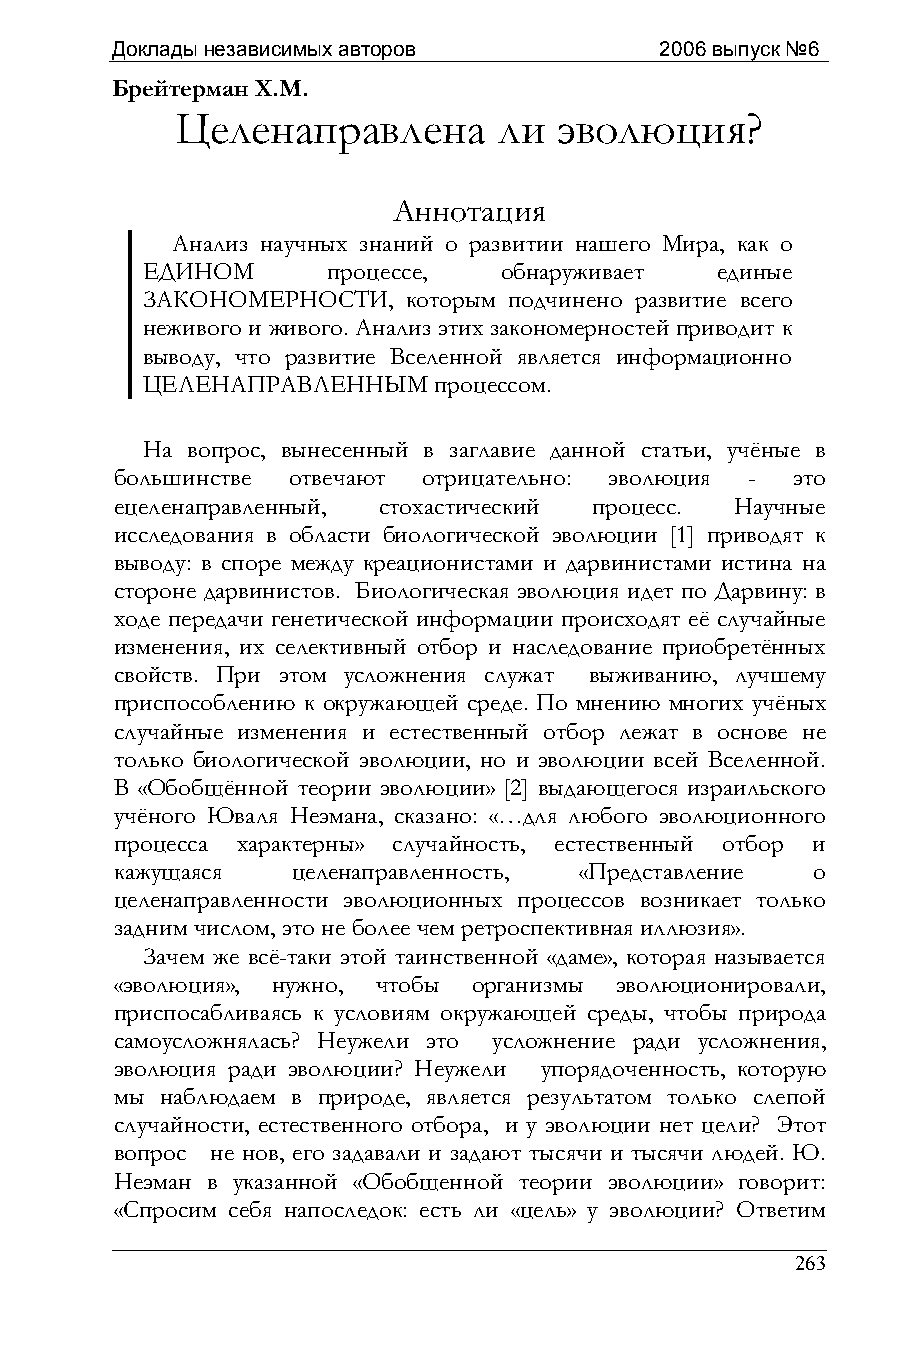
Доклады независимых авторов          2006 выпуск №6
 Брейтерман Х.М.
 Целенаправлена       ли  эволюция?
 Аннотация
 Анализ научных знаний о развитии нашего Мира, как о
 ЕДИНОМ       процессе,  обнаруживает  единые
 ЗАКОНОМЕРНОСТИ,   которым подчинено развитие всего
 неживого и живого. Анализ этих закономерностей приводит к
 выводу, что развитие Вселенной является информационно
 ЦЕЛЕНАПРАВЛЕННЫМ    процессом.
 На вопрос, вынесенный в заглавие данной статьи, учёные в
 большинстве отвечают отрицательно: эволюция - это
 ецеленаправленный, стохастический процесс. Научные
 исследования в области биологической эволюции [1] приводят к
 выводу: в споре между креационистами и дарвинистами истина на
 стороне дарвинистов. Биологическая эволюция идет по Дарвину: в
 ходе передачи генетической информации происходят её случайные
 изменения, их селективный отбор и наследование приобретённых
 свойств. При этом усложнения служат выживанию, лучшему
 приспособлению к окружающей среде. По мнению многих учёных
 случайные изменения и естественный отбор лежат в основе не
 только биологической эволюции, но и эволюции всей Вселенной.
 В «Обобщённой теории эволюции» [2] выдающегося израильского
 учёного Юваля Неэмана, сказано: «…для любого эволюционного
 процесса характерны» случайность, естественный отбор и
 кажущаяся  целенаправленность, «Представление о
 целенаправленности эволюционных процессов возникает только
 задним числом, это не более чем ретроспективная иллюзия».
 Зачем же всё-таки этой таинственной «даме», которая называется
 «эволюция», нужно, чтобы организмы эволюционировали,
 приспосабливаясь к условиям окружающей среды, чтобы природа
 самоусложнялась? Неужели это усложнение ради усложнения,
 эволюция ради эволюции? Неужели упорядоченность, которую
 мы наблюдаем в природе, является результатом только слепой
 случайности, естественного отбора, и у эволюции нет цели? Этот
 вопрос не нов, его задавали и задают тысячи и тысячи людей. Ю.
 Неэман в указанной «Обобщенной теории эволюции» говорит:
 «Спросим себя напоследок: есть ли «цель» у эволюции? Ответим
 263